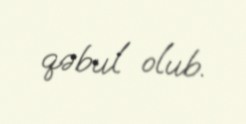
qəbul olub.